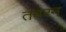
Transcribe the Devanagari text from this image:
तबरन